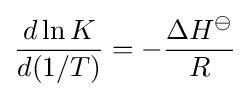
{\frac {d\ln K}{d(1/T)}}=-{\frac {\Delta H^{\ominus }}{R}}